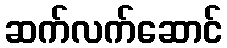
ဆက်လက်ဆောင်